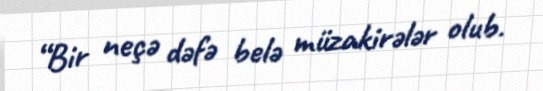
“Bir neçə dəfə belə müzakirələr olub.